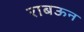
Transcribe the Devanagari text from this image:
राबऊन